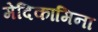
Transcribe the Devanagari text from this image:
मेदिकामिना